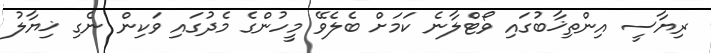
ރިޔާސީ އިންތިޚާބުގައި ވޯޓްލާނެ ކަމަށް ބެލެވޭ މީހުންގެ މެދުގައި ވަކިން ނެގި ޚިޔާލު